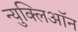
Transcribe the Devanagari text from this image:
न्युक्लिऑन